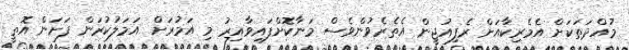
މުއްދަތަކަށް އެމެރިކާއަށް ރެފިއުޖީން އެތެރެވުންވެސް މަނާކޮށްފައިވާއިރު މި އަމުރަށް އަމަލުކުރަން ފަށަން އޮތީ